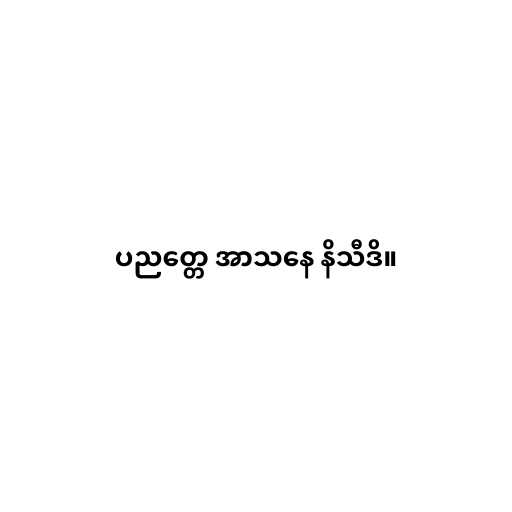
ပညတ္တေ အာသနေ နိသီဒိ။